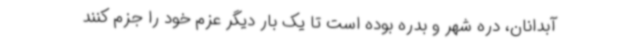
آبدانان، دره شهر و بدره بوده است تا یک بار دیگر عزم خود را جزم کنند